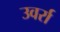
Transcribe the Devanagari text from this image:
उवर्रा